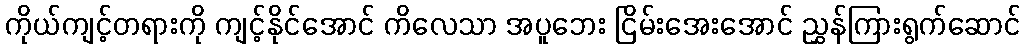
ကိုယ်ကျင့်တရားကို ကျင့်နိုင်အောင် ကိလေသာ အပူဘေး ငြိမ်းအေးအောင် ညွှန်ကြားရွက်ဆောင်